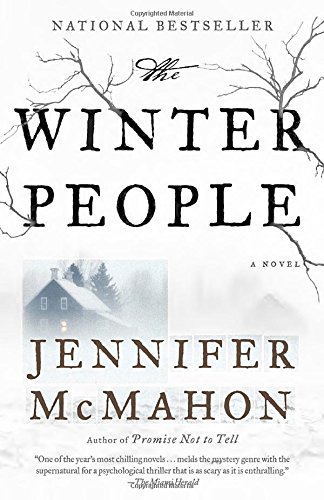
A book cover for The Winter People; Jennifer McMahon; Mystery, Thriller & Suspense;